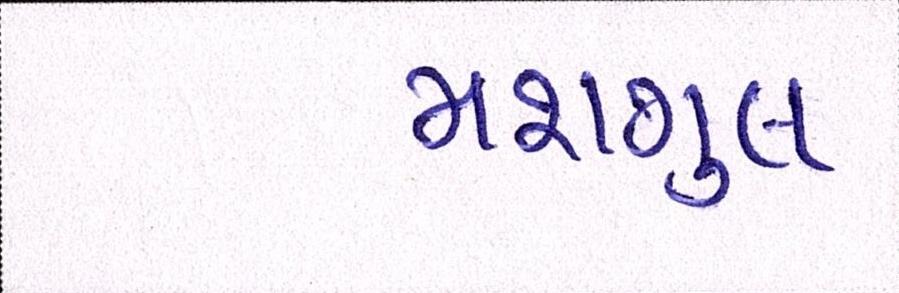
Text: મશગુલ